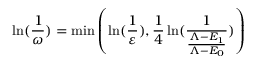
\ln ( \frac { 1 } { \omega } ) = \operatorname* { m i n } \left( \ln ( \frac { 1 } { \varepsilon } ) , \frac { 1 } { 4 } \ln ( \frac { 1 } { \frac { \Lambda - E _ { 1 } } { \Lambda - E _ { 0 } } } ) \right)